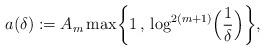
LaTeX: \begin{align*}a(\delta) := A_m\max\biggl\{1 \, , \, \log^{2(m+1)}\Bigl(\frac{1}{\delta}\Bigr)\biggr\},\end{align*}